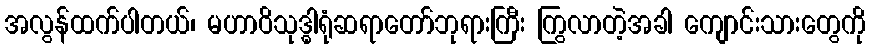
အလွန်ထက်ပါတယ်၊ မဟာဝိသုဒ္ဓါရုံဆရာတော်ဘုရားကြီး ကြွလာတဲ့အခါ ကျောင်းသားတွေကို